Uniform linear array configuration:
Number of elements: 24
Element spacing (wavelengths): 0.5
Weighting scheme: blackman
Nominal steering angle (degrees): -15
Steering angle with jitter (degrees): -16.134
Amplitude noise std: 0.05
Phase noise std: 0.05

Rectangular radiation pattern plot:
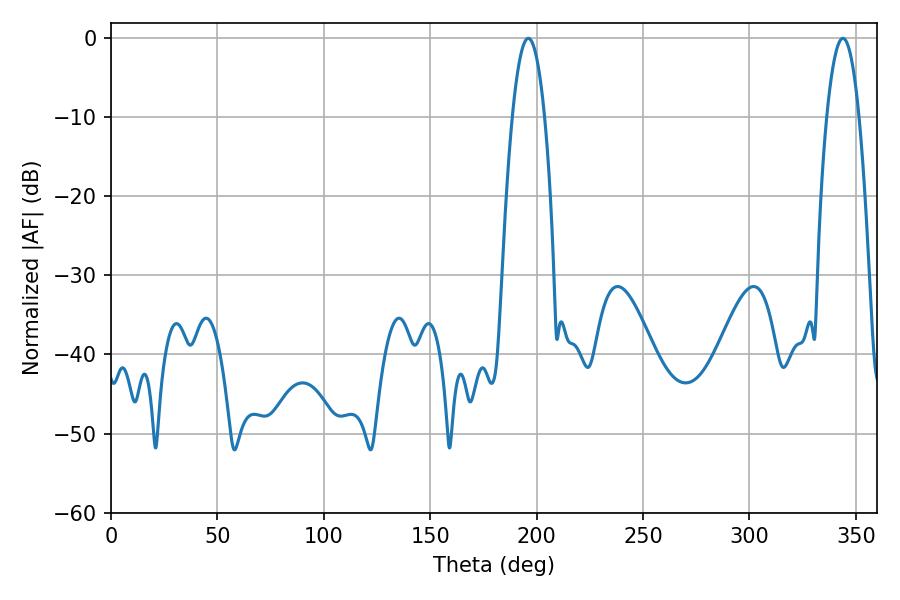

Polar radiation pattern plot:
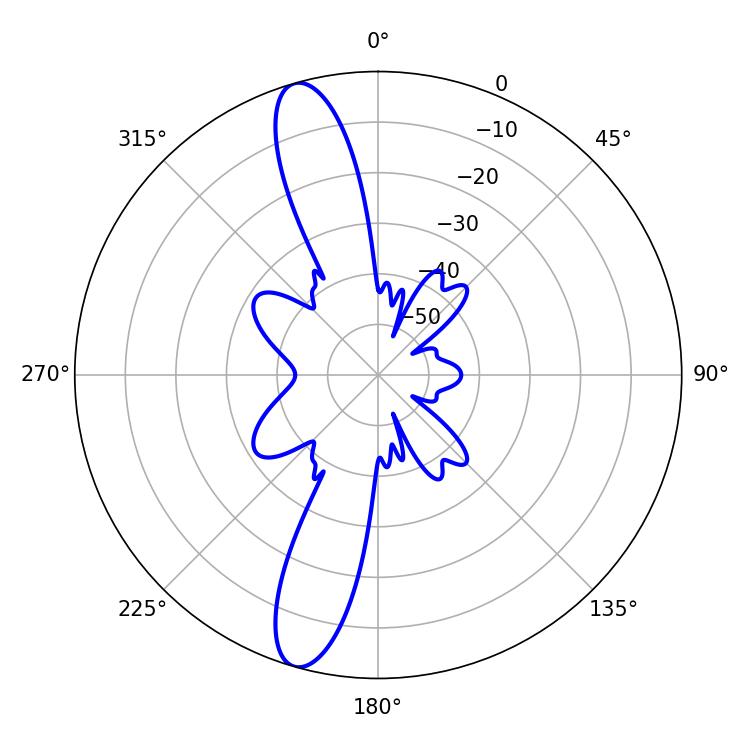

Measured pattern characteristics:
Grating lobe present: FALSE
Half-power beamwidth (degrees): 8.46
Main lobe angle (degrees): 343.98